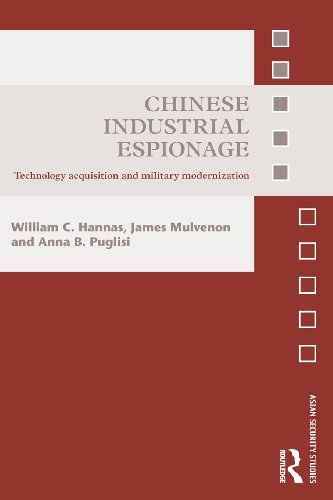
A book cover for Chinese Industrial Espionage: Technology Acquisition and Military Modernisation (Asian Security Studies); William C. Hannas; History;